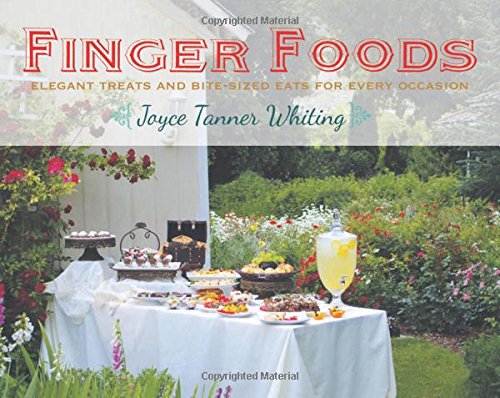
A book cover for Finger Foods: Elegant Treats and Bite-Sized Eats for Every Occasion; Joyce Tanner Whiting; Cookbooks, Food & Wine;